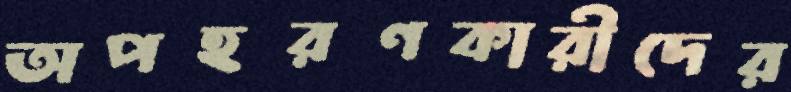
অপহরণকারীদের